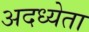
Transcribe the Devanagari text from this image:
अदध्येता